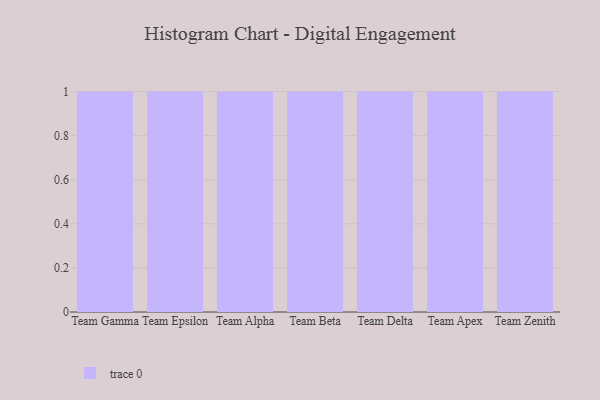
{"axis": {"x": "Team", "y": "Net Income (USD K)"}, "legend": [""], "data": [{"x": "Team Gamma", "y": 25, "type": ""}, {"x": "Team Epsilon", "y": 3, "type": ""}, {"x": "Team Alpha", "y": 36, "type": ""}, {"x": "Team Beta", "y": 29, "type": ""}, {"x": "Team Delta", "y": 67, "type": ""}, {"x": "Team Apex", "y": 15, "type": ""}, {"x": "Team Zenith", "y": 96, "type": ""}]}